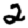
Digit: 2